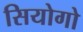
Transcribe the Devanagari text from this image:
सियोगो